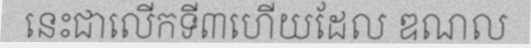
នេះជាលើកទី៣ហើយដែល ឌណល